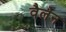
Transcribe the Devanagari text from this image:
वैलेन